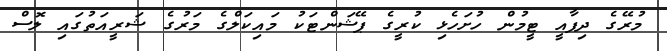
މުރޭގެ ދިފާއީ ޓީމުން ހުށަހެޅި ކުރީގެ ޕޭޝަންޓަކު މައިކަލްގެ މަރުގެ ޝަރީއަތުގައި ލޮސް